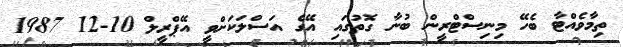
ތިމާވެއްޓާ ބެހޭ މިނިސްޓްރީން ބުނާ ގޮތުގައި އޭގެ އަސްލަކަށްވީ އޭޕްރީލް 10-12 1987